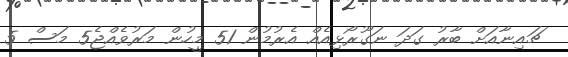
ޗައިނާއަށް ބާރު ގަދަ ނަގޫރޯޅިއެއް އެރުމުން 51 މީހުން މަރުވެއްޖެ5 މަސް 5